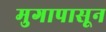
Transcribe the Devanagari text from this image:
मुगापासून